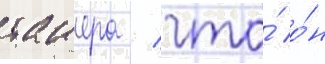
таиера / что́ о́н